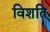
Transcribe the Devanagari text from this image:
विशति